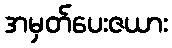
အမှတ်ပေးဇယား